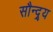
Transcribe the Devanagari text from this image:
सौन्द्र्य